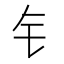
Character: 钅